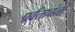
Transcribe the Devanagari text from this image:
पर्वताचंलों